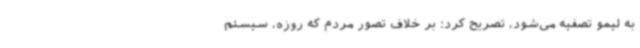
به لیمو تصفیه می‌شود، تصریح کرد: بر خلاف تصور مردم که روزه، سیستم